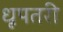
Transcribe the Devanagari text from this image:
धूपतरी